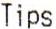
TIPS